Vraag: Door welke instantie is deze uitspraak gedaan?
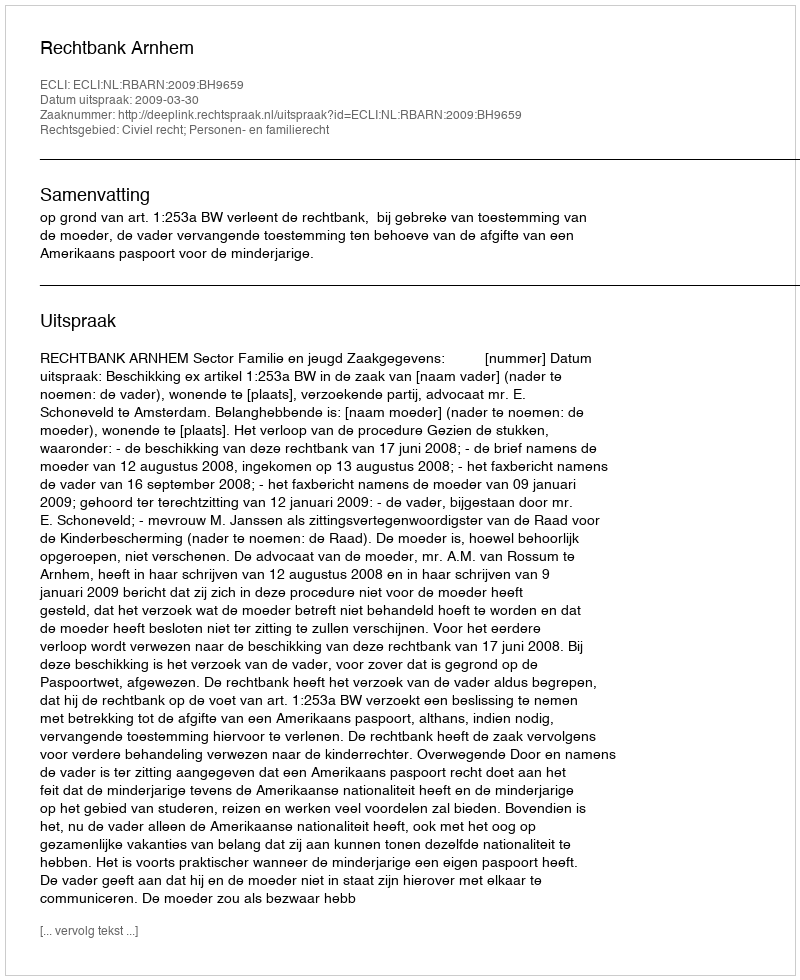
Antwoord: Rechtbank Arnhem